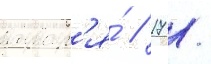
январ'я́ / 17 /